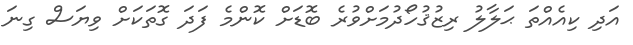
އަދި ކިއެއްތަ ޙަލާލު ރިޒުޤުހޯދުމަށްވުރެ ބޮޑަށް ކޮންމެ ފަދަ ގޮތަކަށް ވިޔަސް ގިނަ